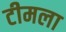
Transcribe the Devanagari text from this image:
टीमला